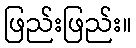
ဖြည်းဖြည်း။